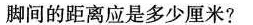
脚间的距离应是多少厘米?